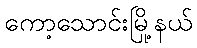
ကော့သောင်းမြို့နယ်